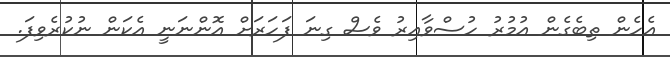
އެހެން ތިބެގެން އުމުރު ހުސްވާއިރު ވެސް ގިނަ ފަހަރަށް އޮންނަނީ އެކަން ނުކުރެވިފަ.